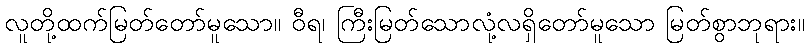
လူတို့ထက်မြတ်တော်မူသော။ ဝီရ၊ ကြီးမြတ်သောလုံ့လရှိတော်မူသော မြတ်စွာဘုရား။